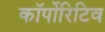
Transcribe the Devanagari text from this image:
कॉर्पोरिटिव